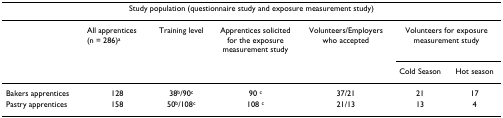
<table><thead><tr><td colspan="7"><b>Study population (questionnaire study and exposure measurement study)</b></td></tr></thead><tbody><tr><td></td><td>All apprentices (n = 286)<sup>a</sup></td><td>Training level</td><td>Apprentices solicited for the exposure measurement study</td><td>Volunteers/Employers who accepted</td><td colspan="2">Volunteers for exposure measurement study</td></tr><tr><td></td><td></td><td></td><td></td><td></td><td>Cold Season</td><td>Hot season</td></tr><tr><td>Bakers apprentices</td><td>128</td><td>38<sup>b</sup>/90<sup>c</sup></td><td>90 <sup>c</sup></td><td>37/21</td><td>21</td><td>17</td></tr><tr><td>Pastry apprentices</td><td>158</td><td>50<sup>b</sup>/108<sup>c</sup></td><td>108 <sup>c</sup></td><td>21/13</td><td>13</td><td>4</td></tr></tbody></table>